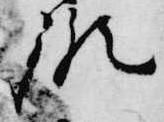
胤